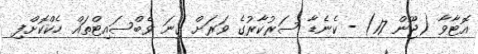
އޮޓާވާ (ޖޫން 17) - ކެނެޑާ ސަރުކާރުގެ ވަރަށް ގިނަ ވެބްސައިޓްތައް ހެކްކޮށްފި